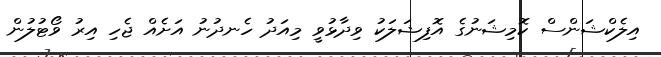
އިލެކްޝަންސް ކޮމިޝަނުގެ އޮފިޝަލަކު ވިދާޅުވީ މިއަދު ހެނދުނު އަށެއް ޖެހި އިރު ވޯޓުލުން